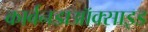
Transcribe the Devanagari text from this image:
कार्बनडाऑक्साइड